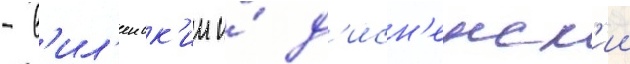
- в'ил'еиск'ии и́ д'исн'енск'ии